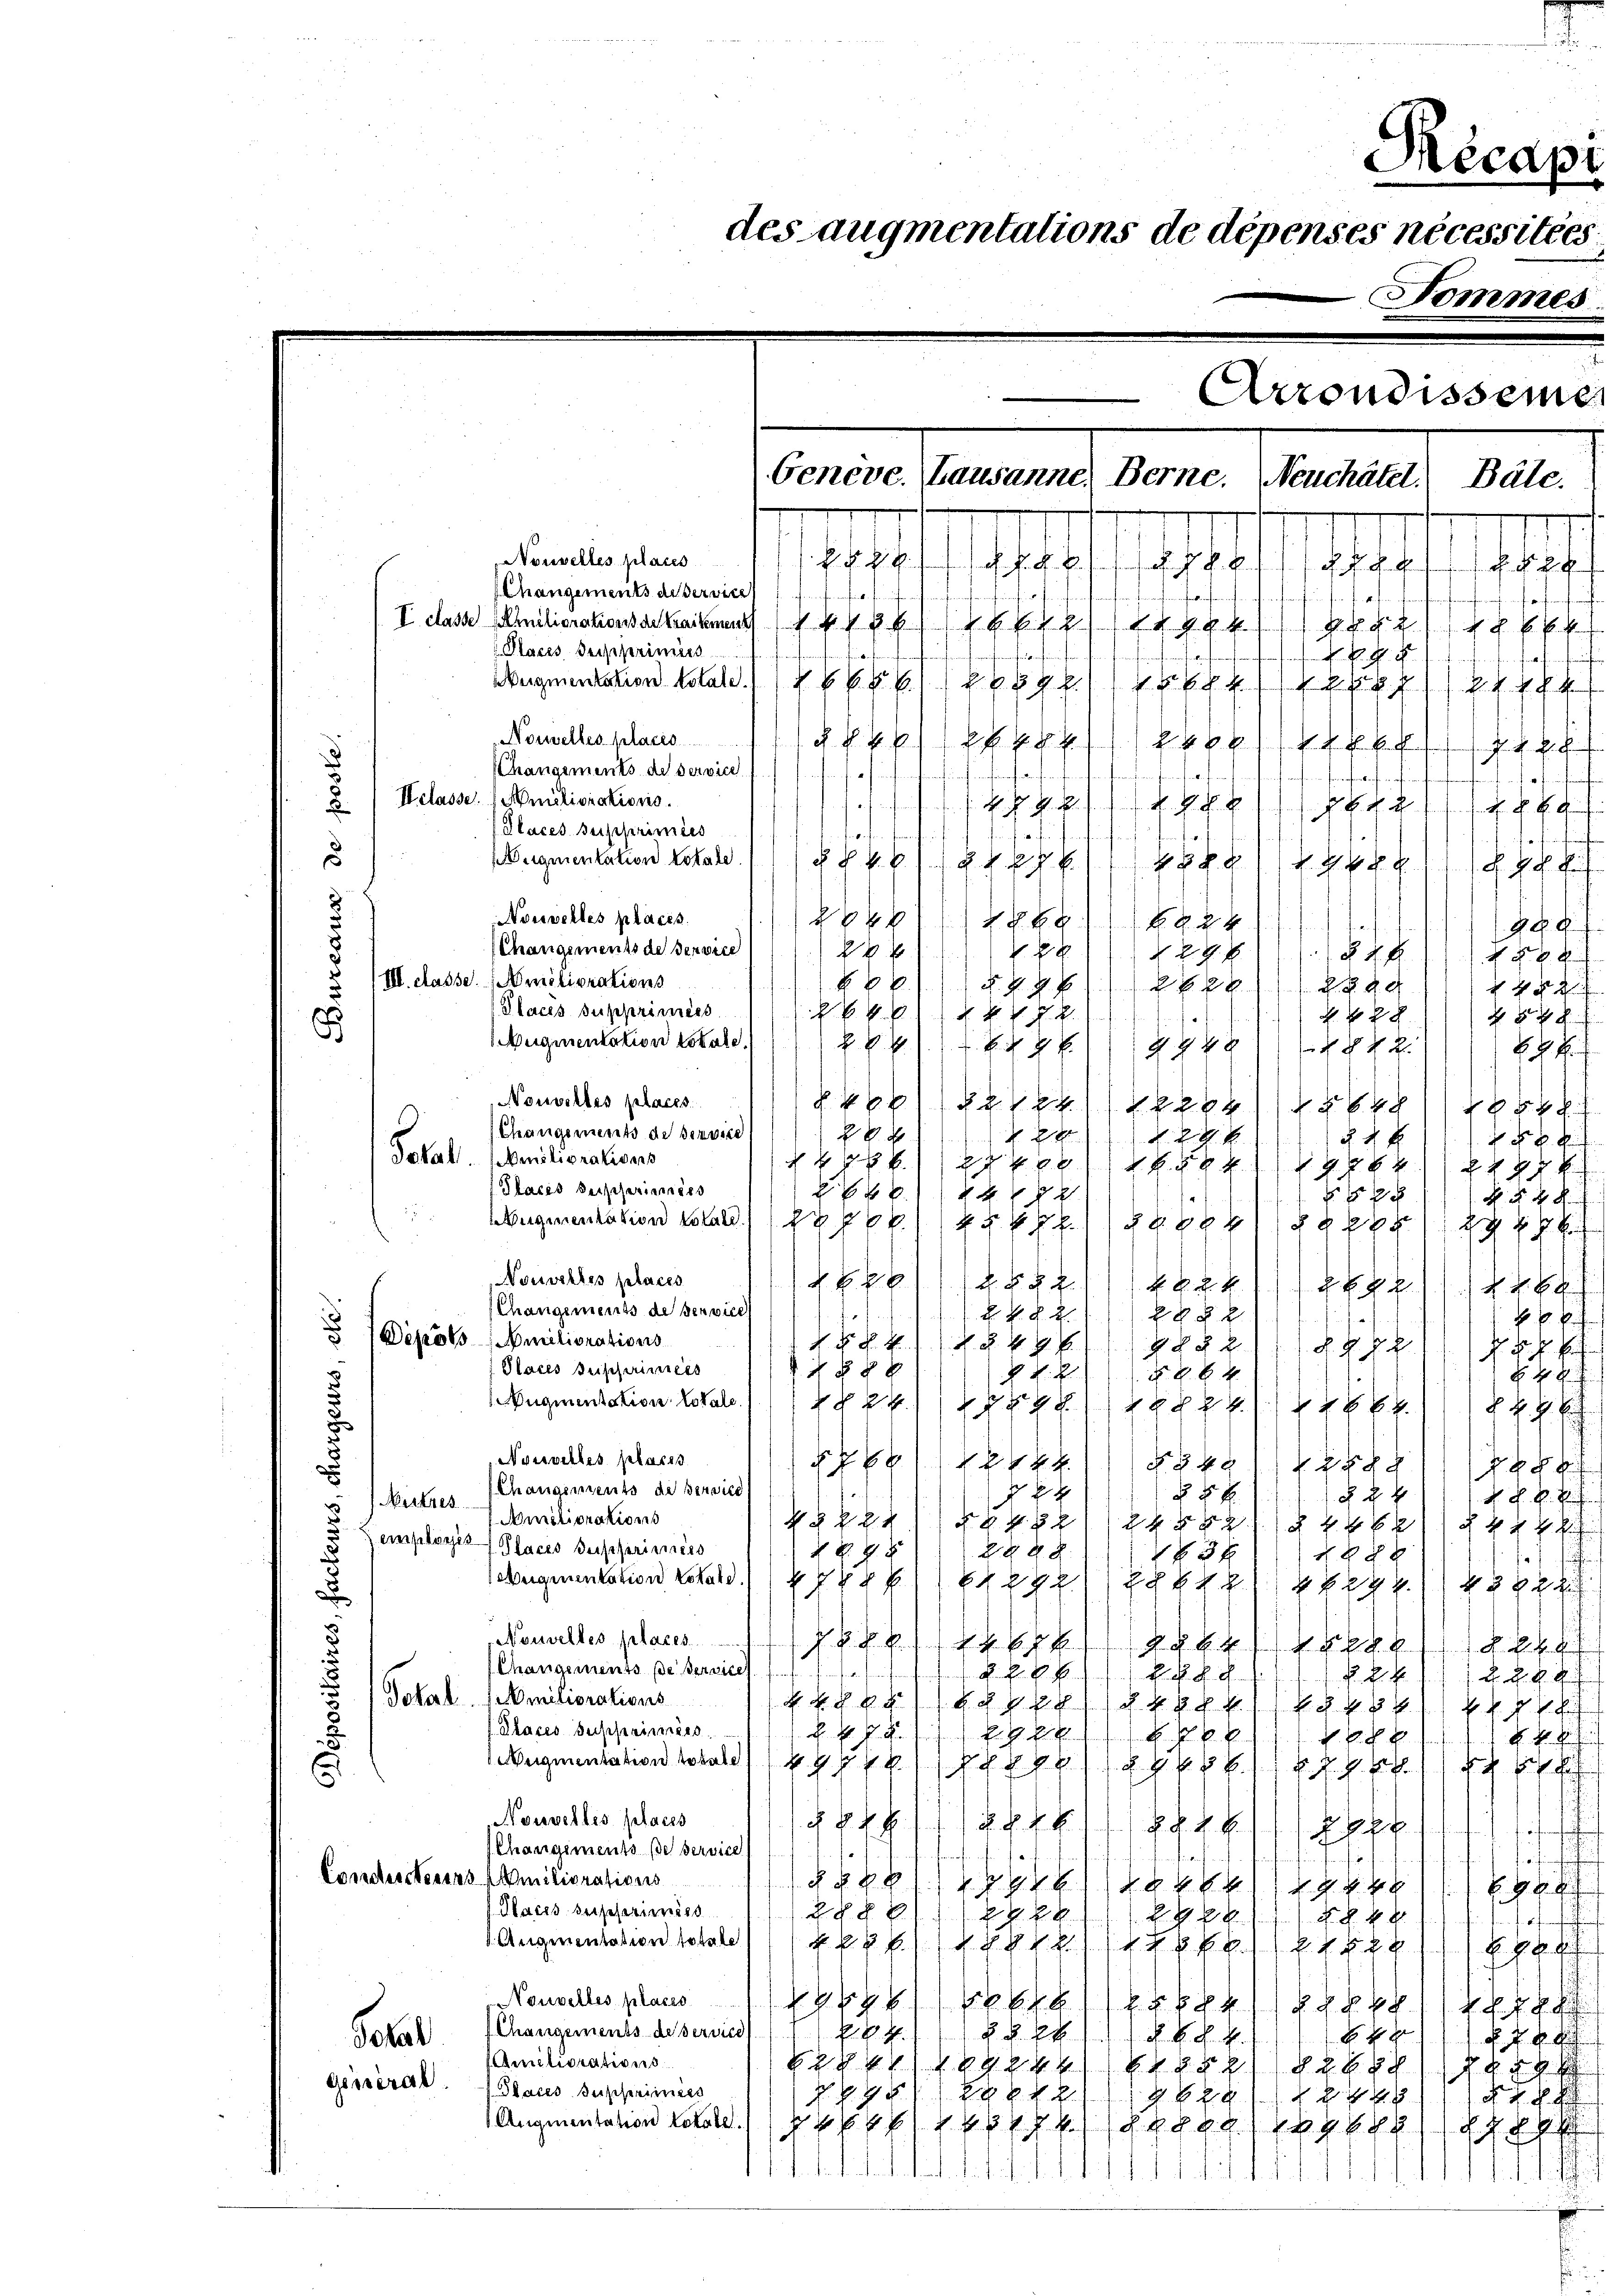
Récapi
des augmentations de dépenses nécessitées
Pommes.

Arrondissemen
Genève. (Lausanne, Berne.
Neuchâtel! Bale.
k. k. k. J. 178. 8.
948

.

Nouvelles places
Changements de service
infing, fürfe auf mehrenfenfünftige.
faf
fant entwerfenfchen
I. dass Anilioration keinen (§ 486. 1811 pp. E
Places despferinis
nafernten
anfant
e . . .
fgef
Meigmentation Kolal d. 1. 289 f.
7. d. d. d. h. s. f. sch
Nouvelles placés
kippfchehe
Changements de service
fünf unstraf anfruchnahen fanden konntaghintergenauenferfen fonft mit
Welasse. Amsliorations.
tes
E A. R. 17. d. d. d.
h . . . . .
Places supprimées
n werd
u
afin fünften
egmentation totale
58 Z. 1218
f. Es f
Nouvelles places.
2024/12 889
224
.
Changements de Service
 k k. k. k
29

III. Klasse. Amsliorations
xxx
 48 x
R.11) § 849
Places supprimess
REGEN XX 2
228.
f
.
uquentation lokate.
284). XXX S. 4948
   2
Nouvelles places
1648/165881
Changements de service
28 x

k. 111 24 x
Total. Vaniliorations
§ 458. 121 Feb 1858 f. 111 447. 427 k
Placis Beischerinner
4782

Aergementation Kolal) kk. 145 ff.) bei
Nouvelles places
 k. k.
R. P. R. Z. 1882 k
Changements de service
f
2 Z. §. 2.
2882
E f
Depots Emiliorations
N. K. K. K.      PK.11) § 2
 ich s
Fehr
Places Zupprimées
 f 8 xx
8xx
 N. 2
H S.
Augmentation lokale.
Pf. 1889. 1786.
 Hch.
Nouvilles placis
72424
1288
.
e
Nutzes (Changements de Bersied
f E
§ 8 f
1 f 4
 K. K. H.
Amitiorations
ee h
emplogis Places Insperimiss
f 9 x
 xx
1 f 3 x
f 28 x
f
 eigenentation Lokalk VVkk Elgg) §§ 421 ff. 2 f 22
.
onalles plau 1881 h
Changements. per Services

288
f. f
A. R. R.
Total (Mmniliorations
848) auf 18 ff. (186) Ei
Places supprimées.
Pfg. Ehe
xx
f
 Hr.
egmentation oben)
Nouvelles places
 8 f
.R. Z. B.
F. J. R. G.
ff
.
Chaegiments de service
a

Condessteuers Emiliorations
(§§ 28/1296) 1948/49 § 48
E
Places supprimiss
28 § 8
27 28
2xx
F. S. 4 d
f oft
 Angementation totale
kf.). 1888. La fl. E

NNouvelles places
iht schlich fr
284.
Jokal (Changements-deservics
§ k. k. k. k.

Amiliorations
sache auch
General.
Places Inscheiniges
2 § 95. 71. 298 f. 2.)
G 629. 448
 28
Augmentation Lohold.  6688/4 Eheschlag bes

. de

F. J. H.
G d

454
 88.

§ 88.
H.  4 K
./1. 14